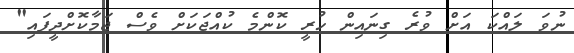
ނުވަ ލައްކަ އަށް ވުރެ ގިނައިން ހުރީ ކޮންމެ ކުއްޖަކަށް ވެސް ޖަމާކޮށްދީފައި"